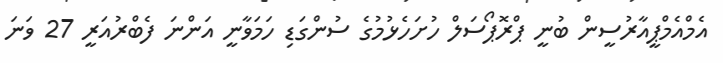
އެމްއެމްޕީއާރުސީން ބުނީ ޕްރޮޕޯސަލް ހުށަހެޅުމުގެ ސުންގަޑި ހަމަވާނީ އަންނަ ފެބްރުއަރީ 27 ވަނަ